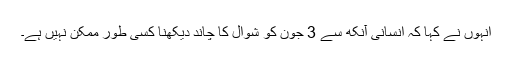
انہوں نے کہا کہ انسانی آنکھ سے 3 جون کو شوال کا چاند دیکھنا کسی طور ممکن نہیں ہے۔